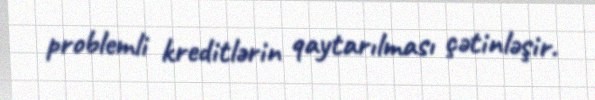
problemli kreditlərin qaytarılması çətinləşir.